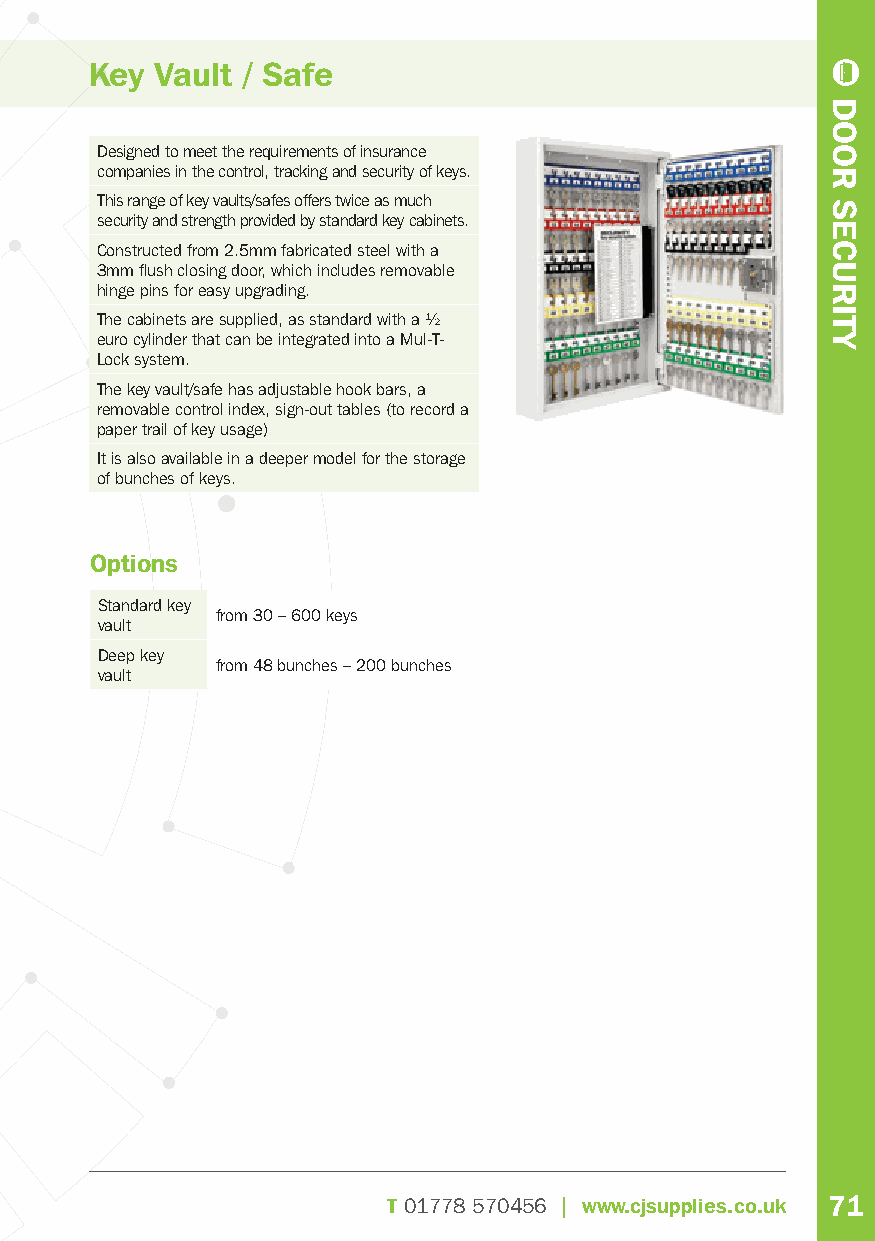
Key Vault / Safe
 Designed to meet the requirements of insurance
 companies in the control, tracking and security of keys.
 This range of key vaults/safes offers twice as much
 security and strength provided by standard key cabinets.
 Constructed from 2.5mm fabricated steel with a
 3mm fl ush closing door, which includes removable
 hinge pins for easy upgrading.
 The cabinets are supplied, as standard with a ½
 euro cylinder that can be integrated into a Mul-T-
 Lock system.
 The key vault/safe has adjustable hook bars, a
 removable control index, sign-out tables (to record a
 paper trail of key usage)
 It is also available in a deeper model for the storage
 of bunches of keys.
 Options
 Standard key
 from 30 – 600 keys
 vault
 Deep key
 from 48 bunches – 200 bunches
 vault
 T01778 570456 | www.cjsupplies.co.uk 71
 DOOR
 SECURITY